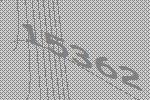
15362